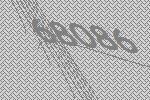
68086